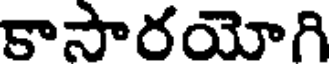
కాసారయోగి